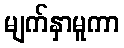
မျက်နှာမူကာ